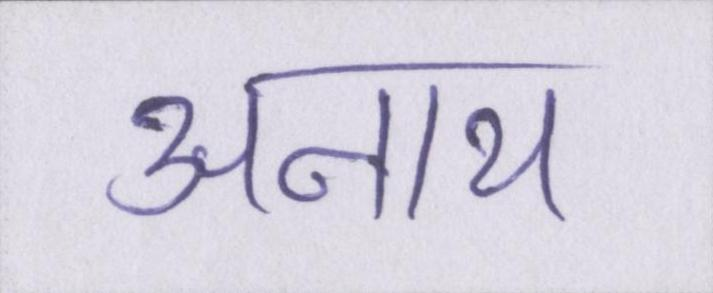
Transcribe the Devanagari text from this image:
अनाथ